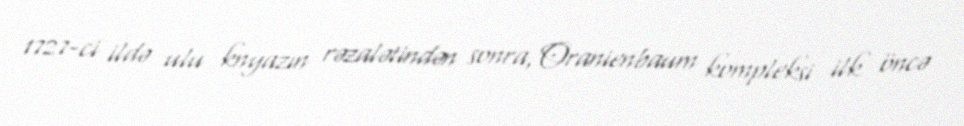
1727-ci ildə ulu knyazın rəzalətindən sonra, Oranienbaum kompleksi ilk öncə